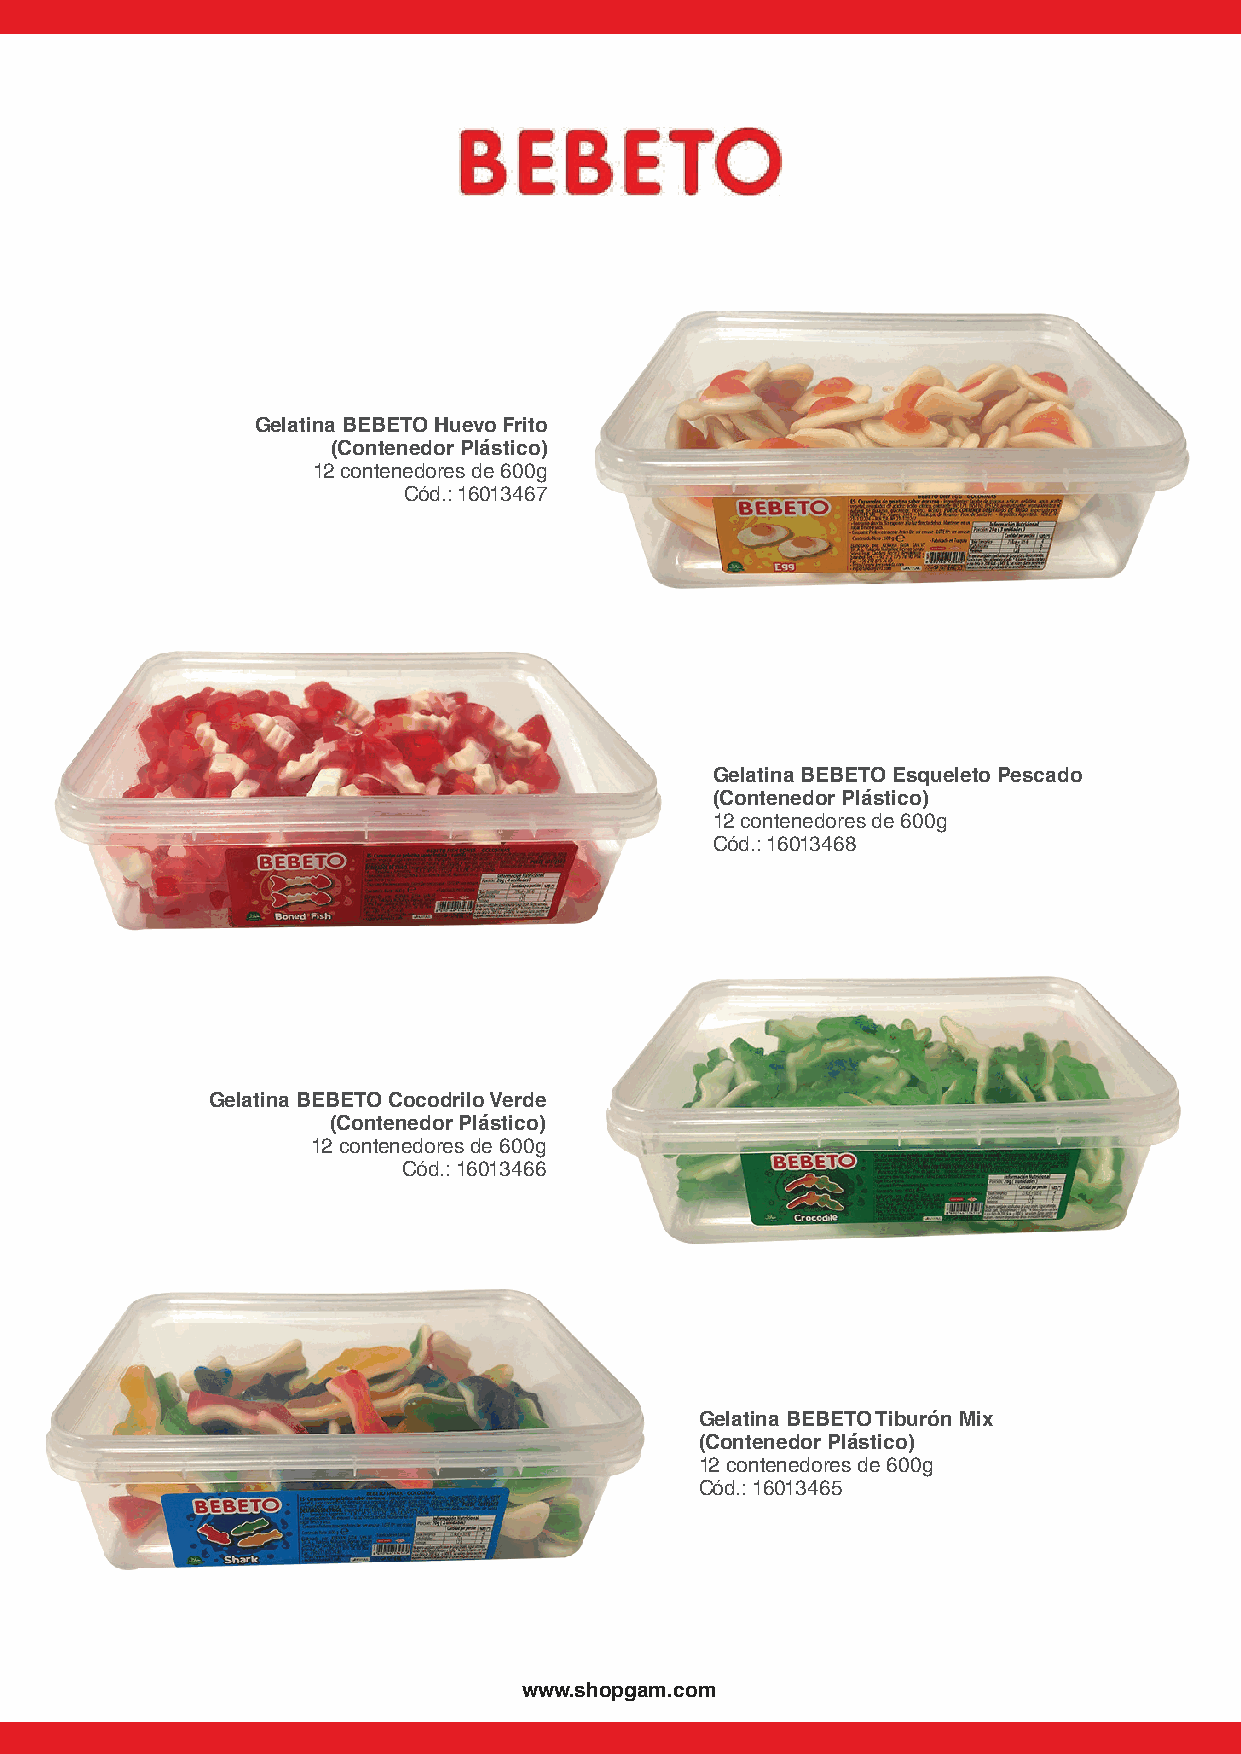
Gelatina BEBETO Huevo Frito
 (Contenedor Plástico)
 12 contenedores de 600g
 Cód.: 16013467
 Gelatina BEBETO Esqueleto Pescado
 (Contenedor Plástico)
 12 contenedores de 600g
 Cód.: 16013468
 Gelatina BEBETO Cocodrilo Verde
 (Contenedor Plástico)
 12 contenedores de 600g
 Cód.: 16013466
 Gelatina BEBETO Tiburón Mix
 (Contenedor Plástico)
 12 contenedores de 600g
 Cód.: 16013465
 www.shopgam.com